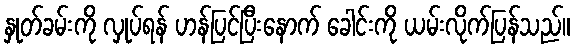
နှုတ်ခမ်းကို လှုပ်ရန် ဟန်ပြင်ပြီးနောက် ခေါင်းကို ယမ်းလိုက်ပြန်သည်။